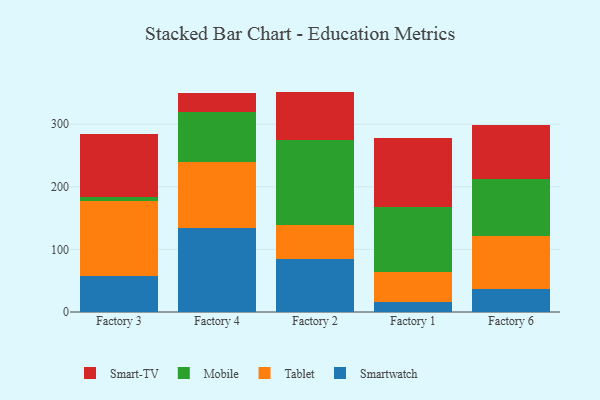
{"axis": {"x": "Factory", "y": "Page Views"}, "legend": ["Mobile", "Smart-TV", "Smartwatch", "Tablet"], "data": [{"x": "Factory 3", "y": 57.2, "type": "Smartwatch"}, {"x": "Factory 3", "y": 120.4, "type": "Tablet"}, {"x": "Factory 3", "y": 6.8, "type": "Mobile"}, {"x": "Factory 3", "y": 99.7, "type": "Smart-TV"}, {"x": "Factory 4", "y": 134.8, "type": "Smartwatch"}, {"x": "Factory 4", "y": 105.5, "type": "Tablet"}, {"x": "Factory 4", "y": 79.3, "type": "Mobile"}, {"x": "Factory 4", "y": 30.1, "type": "Smart-TV"}, {"x": "Factory 2", "y": 84.8, "type": "Smartwatch"}, {"x": "Factory 2", "y": 53.9, "type": "Tablet"}, {"x": "Factory 2", "y": 135.6, "type": "Mobile"}, {"x": "Factory 2", "y": 77.9, "type": "Smart-TV"}, {"x": "Factory 1", "y": 15.4, "type": "Smartwatch"}, {"x": "Factory 1", "y": 47.8, "type": "Tablet"}, {"x": "Factory 1", "y": 104.8, "type": "Mobile"}, {"x": "Factory 1", "y": 110.7, "type": "Smart-TV"}, {"x": "Factory 6", "y": 36.4, "type": "Smartwatch"}, {"x": "Factory 6", "y": 85.8, "type": "Tablet"}, {"x": "Factory 6", "y": 90.2, "type": "Mobile"}, {"x": "Factory 6", "y": 86.1, "type": "Smart-TV"}]}